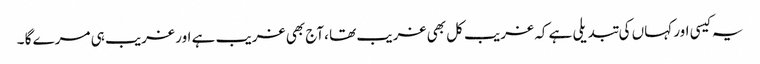
یہ کیسی اور کہاں کی تبدیلی ہے کہ غریب کل بھی غریب تھا ،آج بھی غریب ہے اور غریب ہی مرے گا ۔